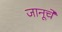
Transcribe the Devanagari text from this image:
जानूचे